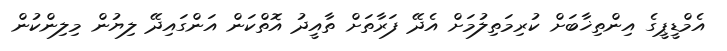
އެމްޑީޕީގެ އިންތިޚާބަށް ކުރިމަތިލުމަށް އެދޭ ފަރާތަށް ތާއީދު އޮތްކަން އަންގައިދޭ ލިޔުން މިލިންކުން